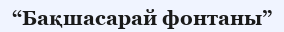
“Бақшасарай фонтаны”